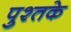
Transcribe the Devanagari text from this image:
पुश्तके